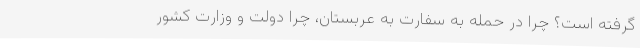
گرفته است؟ چرا در حمله به سفارت به عربستان، چرا دولت و وزارت کشور